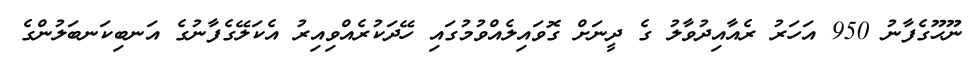
ނޫޙޫގެފާނު 950 އަހަރު ރެއާއިދުވާލު ގެ ދީނަށް ގޮވައިލެއްވުމުގައި ހޭދަކުރެއްވިއިރު އެކަލޭގެފާނުގެ އަނބިކަނބަލުންގެ